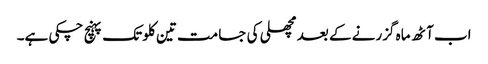
اب آٹھ ماہ گزرنے کے بعد مچھلی کی جسامت تین کلو تک پہنچ چکی ہے۔